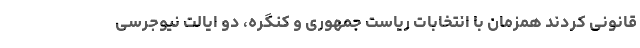
قانونی کردند همزمان با انتخابات ریاست جمهوری و کنگره، دو ایالت نیوجرسی